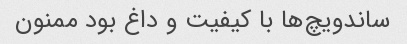
ساندویچ‌ها با کیفیت و داغ بود ممنون